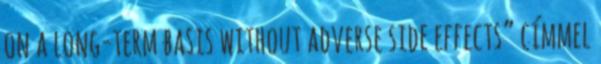
on a long-term basis without adverse side effects” címmel